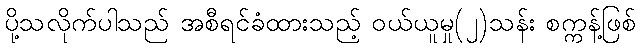
ပို့သလိုက်ပါသည် အစီရင်ခံထားသည့် ဝယ်ယူမှု(၂)သန်း စက္ကန့်ဖြစ်